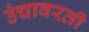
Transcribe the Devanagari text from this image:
उंचावरती